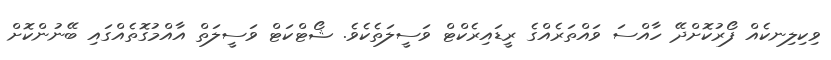
ވިކިލިނކެއް ފޯރުކޮށްދޭ ހާއްސަ ވައްތަރެއްގެ ރީޑައިރެކްޓް ވަސީލަތެކެވެ. ޝޯޓްކަޓް ވަސީލަތް އާއްމުގޮތެއްގައި ބޭނުންކޮށް